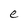
Character: e